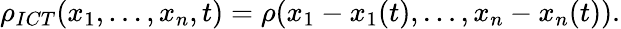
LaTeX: \begin{array}{r}{\rho_{ICT}(x_{1},\dots,x_{n},t)=\rho(x_{1}-x_{1}(t),\dots,x_{n}-x_{n}(t)).}\end{array}